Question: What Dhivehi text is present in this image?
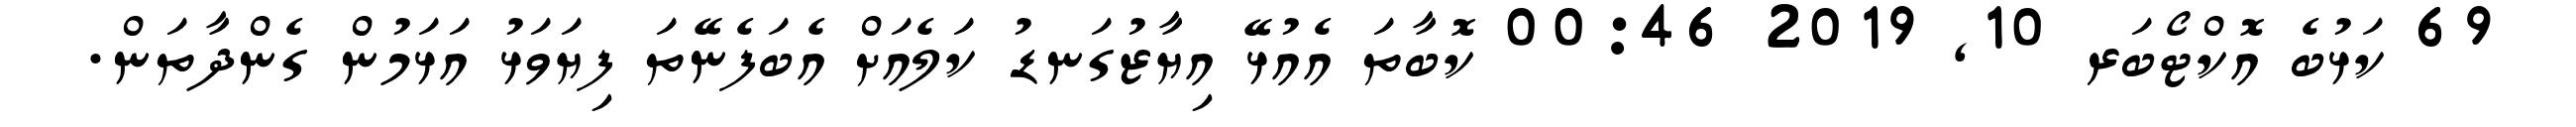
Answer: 69 ކަޅުބެ އޮކްޓޯބަރ 10, 2019 00:46 ކޮބާތަ އެއުޅޭ އިޔާޒުގަނޑު ކަލެއަށް އެބަފެނޭތަ ފިޔަވަޅު އަޅަމުން ގެންދާތަން.